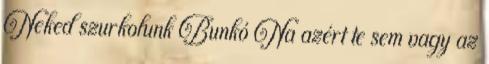
Neked szurkolunk Bunkó Na azért te sem vagy az